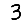
Digit: 3